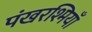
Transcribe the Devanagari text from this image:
पंखरश्मियाँ